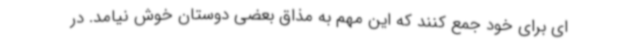
ای برای خود جمع کنند که این مهم به مذاق بعضی دوستان خوش نیامد. در